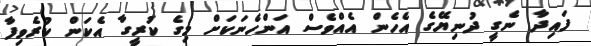
ފައިދާ ނެގީ ދުނިޔޭގެ އެހެން އެއްވެސް އަންހެނަކަށް މިގެ ކުރީގާ އެކަން ކުރެވިފާ